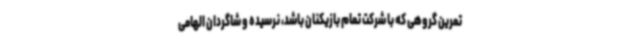
تمرین گروهی که با شرکت تمام بازیکنان باشد، نرسیده و شاگردان الهامی